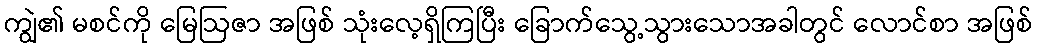
ကျွဲ၏ မစင်ကို မြေဩဇာ အဖြစ် သုံးလေ့ရှိကြပြီး ခြောက်သွေ့သွားသောအခါတွင် လောင်စာ အဖြစ်